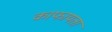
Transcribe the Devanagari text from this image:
काफायता